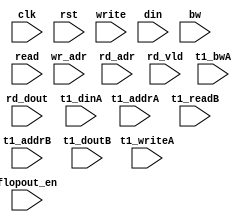
module algo_1r1w_b710_sva_wrap
#(parameter IP_WIDTH = 32, parameter IP_BITWIDTH = 5, parameter IP_DECCBITS = 7, parameter IP_NUMADDR = 8192, parameter IP_BITADDR = 13, 
parameter IP_NUMVBNK = 4,	parameter IP_BITVBNK = 2, parameter IP_BITPBNK = 3,
parameter IP_ENAECC = 0, parameter IP_ENAPAR = 0, parameter IP_SECCBITS = 4, parameter IP_SECCDWIDTH = 3, 
parameter FLOPECC = 0, parameter FLOPIN = 0, parameter FLOPOUT = 0, parameter FLOPCMD = 0, parameter FLOPMEM = 0,

parameter T1_WIDTH = 64, parameter T1_NUMVBNK = 1, parameter T1_BITVBNK = 1, parameter T1_DELAY = 1,
parameter T1_BITWSPF = 0, parameter T1_NUMWRDS = 1, parameter T1_BITWRDS = 1,  parameter T1_NUMSROW = 4096, parameter T1_BITSROW = 12, parameter T1_PHYWDTH = 128,
parameter T1_NUMVROW = 8192, parameter T1_BITVROW = 13
)

(clk, rst, write, wr_adr, din, bw, read, rd_adr, rd_dout, rd_vld, flopout_en,
 t1_writeA, t1_addrA, t1_dinA, t1_bwA, t1_readB, t1_addrB, t1_doutB);

  parameter WIDTH = IP_WIDTH;
  parameter BITWDTH = IP_BITWIDTH;
  parameter ENAPAR = IP_ENAPAR;
  parameter ENAECC = IP_ENAECC;
  parameter ECCWDTH = IP_DECCBITS;
  parameter NUMRDPT = 1;
  parameter NUMADDR = IP_NUMADDR;
  parameter BITADDR = IP_BITADDR;
  parameter NUMVROW = T1_NUMVROW;
  parameter BITVROW = T1_BITVROW;
  parameter NUMVBNK = IP_NUMVBNK;
  parameter BITVBNK = IP_BITVBNK;
  parameter SRAM_DELAY = T1_DELAY;
  parameter NUMWRDS = T1_NUMWRDS;      // ALIGN Parameters
  parameter BITWRDS = T1_BITWRDS;
  parameter NUMSROW = T1_NUMSROW;
  parameter BITSROW = T1_BITSROW;      
  parameter PHYWDTH = T1_PHYWDTH;
  parameter BITPADR = BITVBNK+BITSROW+BITWRDS+1;
  parameter FLOPWTH = FLOPOUT>0?FLOPOUT:1;

  input                                            write;
  input [BITADDR-1:0]                              wr_adr;
  input [WIDTH-1:0]                                bw;
  input [WIDTH-1:0]                                din;

  input [NUMRDPT-1:0]                              read;
  input [NUMRDPT*BITADDR-1:0]                      rd_adr;
  input [NUMRDPT-1:0]                             rd_vld;
  input [NUMRDPT*WIDTH-1:0]                       rd_dout;

  input                                            clk, rst;
  
  input [FLOPWTH-1:0]                             flopout_en;

  input [NUMRDPT*NUMVBNK-1:0]                     t1_writeA;
  input [NUMRDPT*NUMVBNK*BITSROW-1:0]   		   t1_addrA;
  input [NUMRDPT*NUMVBNK*PHYWDTH-1:0]             t1_dinA;
  input [NUMRDPT*NUMVBNK*PHYWDTH-1:0]             t1_bwA;

  input [NUMRDPT*NUMVBNK-1:0]                     t1_readB;
  input [NUMRDPT*NUMVBNK*BITSROW-1:0]   		   t1_addrB;
  input  [NUMRDPT*NUMVBNK*PHYWDTH-1:0]             t1_doutB;
  
endmodule    //algo_1r1w_b710_sva_wrap